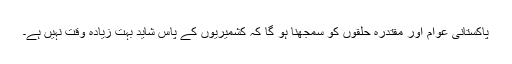
پاکستانی عوام اور مقتدرہ حلقوں کو سمجھنا ہو گا کہ کشمیریوں کے پاس شاید بہت زیادہ وقت نہیں ہے۔